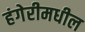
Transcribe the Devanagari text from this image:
हंगेरीमधील